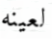
لعينه